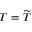
T = \widetilde T